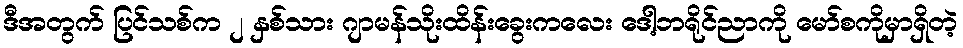
ဒီအတွက် ပြင်သစ်က ၂ နှစ်သား ဂျာမန်သိုးထိန်းခွေးကလေး ဒေါ့ဘရိုင်ညာကို မော်စကိုမှာရှိတဲ့